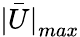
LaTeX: \bar{|U|}_{max}